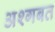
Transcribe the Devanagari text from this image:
अश्गबत